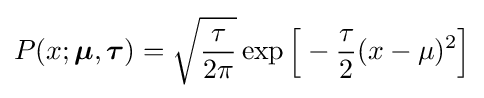
P(x;{\boldsymbol {\mu }},{\boldsymbol {\tau }})={\sqrt {\frac {\tau }{2\pi }}}\exp {\Big [}-{\frac {\tau }{2}}(x-\mu )^{2}{\Big ]}